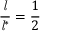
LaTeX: { \frac { \mathit { l } } { { \mathit { l } } ^ { * } } } = { \frac { 1 } { 2 } }